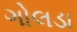
ગોલડા